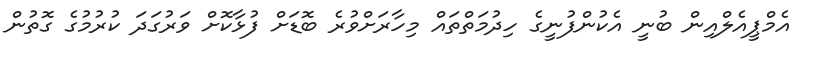
އެމްޕީއެލްްއިން ބުނީ އެކުންފުނީގެ ހިދުމަތްތައް މިހާރަށްވުރެ ބޮޑަށް ފުޅާކޮށް ވަރުގަދަ ކުރުމުގެ ގޮތުން